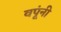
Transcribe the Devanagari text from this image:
वपूंनी